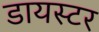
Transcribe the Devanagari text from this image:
डायस्टर